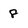
Character: 8